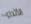
الأثداء